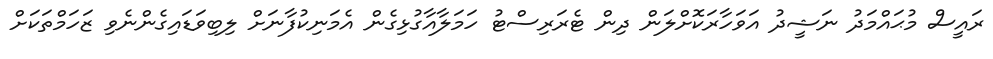
ރައީސް މުޙައްމަދު ނަޝީދު އަވަހާރަކޮށްލަން ދިން ޓެރަރިސްޓު ހަމަލާއާގުޅިގެން އެމަނިކުފާނަށް ލިބިވަޑައިގެންނެވި ޒަހަމްތަކަށް